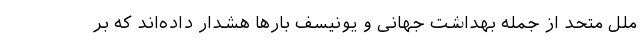
ملل متحد از جمله بهداشت جهانی و یونیسف بارها هشدار داده‌اند که بر